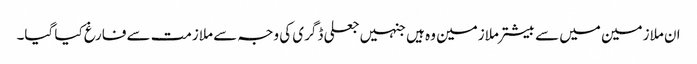
ان ملازمین میں سے بیشتر ملازمین وہ ہیں جنہیں جعلی ڈگری کی وجہ سے ملازمت سے فارغ کیا گیا۔